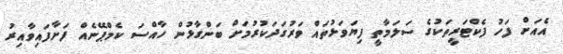
އެއަށް ފަހު ފެކްޓަރީތަކުގެ ސަލަމާތީ ފިޔަވަޅުތައް ވަރުގަދަކުރުމަށް ބަންގާޅުން ހާއްސަ ކެމްޕޭނެއް ފަށާފައިވާއިރު